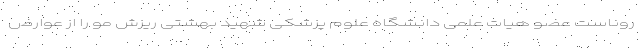
روناست عضو هیات علمی دانشگاه علوم پزشکی شهید بهشتی ریزش مو را از عوارض